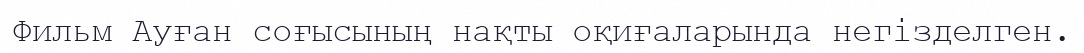
Фильм Ауған соғысының нақты оқиғаларында негізделген.